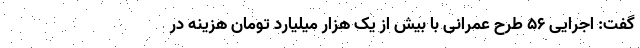
گفت: اجرایی ۵۶ طرح عمرانی با بیش از یک هزار میلیارد تومان هزینه در